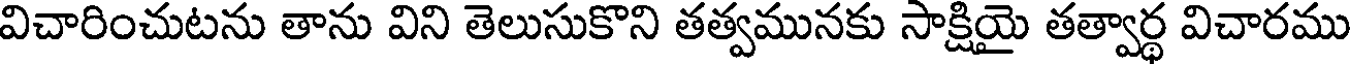
విచారించుటను తాను విని తెలుసుకొని తత్వమునకు సాక్షియై తత్వార్థ విచారము